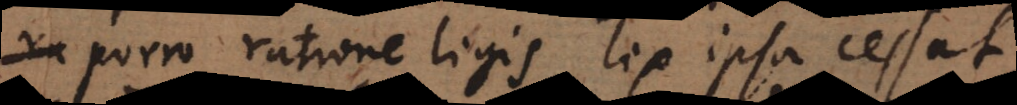
porro ratione legis lex ipsa cessat,